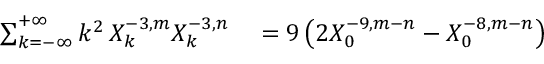
\begin{array} { r l } { \sum _ { k = - \infty } ^ { + \infty } k ^ { 2 } \, X _ { k } ^ { - 3 , m } X _ { k } ^ { - 3 , n } } & { { } = 9 \left( 2 X _ { 0 } ^ { - 9 , m - n } - X _ { 0 } ^ { - 8 , m - n } \right) } \end{array}